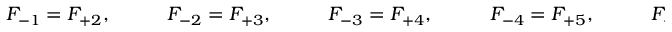
\begin{array} { r l r l r l r l r l r } { F _ { - 1 } = F _ { + 2 } , } & { { } \quad } & { F _ { - 2 } = F _ { + 3 } , } & { { } \quad } & { F _ { - 3 } = F _ { + 4 } , } & { { } \quad } & { F _ { - 4 } = F _ { + 5 } , } & { { } \quad } & { F _ { - 5 } = F _ { + 6 } , } & { { } \quad } & { F _ { - 6 } = F _ { + 1 } + F _ { + 4 } . } \end{array}